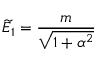
\widetilde E _ { 1 } = \frac { m } { \displaystyle \sqrt { 1 + \alpha ^ { 2 } } } \,